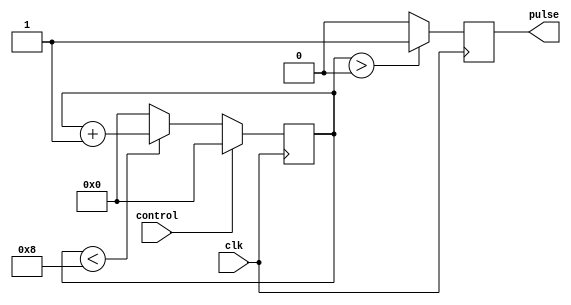
module Variable_Pulse_Width_Generator (
    input clk,
    input control,
    output reg pulse
);

parameter MAX_WIDTH = 8;

reg [3:0] count;

always @(posedge clk) begin
    if (control) begin
        count <= 0;
    end else begin
        if (count < MAX_WIDTH) begin
            count <= count + 1;
        end else begin
            count <= 0;
        end
    end
end

always @(posedge clk) begin
    if (count > 0) begin
        pulse <= 1;
    end else begin
        pulse <= 0;
    end
end

endmodule